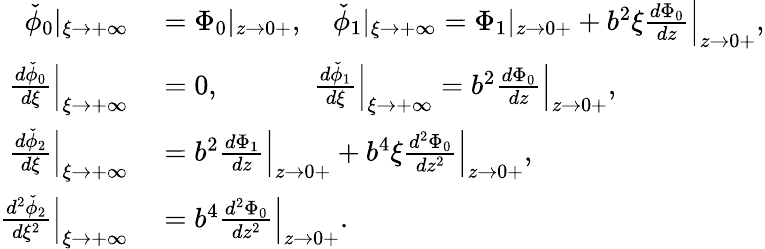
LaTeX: \begin{array}{rl}{\check{\phi}_{0}|_{\xi\to+\infty}}&{{}={\Phi}_{0}|_{z\to 0+},\quad\check{\phi}_{1}|_{\xi\to+\infty}={\Phi}_{1}|_{z\to 0+}+b^{2}\xi\frac{d{\Phi}_{0}}{dz}\Big|_{z\to 0+},}\\ {\frac{d\check{\phi}_{0}}{d\xi}\Big|_{\xi\to+\infty}}&{{}=0,\quad\quad\quad\; \frac{d\check{\phi}_{1}}{d\xi}\Big|_{\xi\to+\infty}=b^{2}\frac{d{\Phi}_{0}}{dz}\Big|_{z\to 0+},}\\ {\frac{d\check{\phi}_{2}}{d\xi}\Big|_{\xi\to+\infty}}&{{}=b^{2}\frac{d{\Phi}_{1}}{dz}\Big|_{z\to 0+}+b^{4}\xi\frac{d^{2}{\Phi}_{0}}{dz^{2}}\Big|_{z\to 0+},}\\ {\frac{d^{2}\check{\phi}_{2}}{d\xi^{2}}\Big|_{\xi\to+\infty}}&{{}=b^{4}\frac{d^{2}{\Phi}_{0}}{dz^{2}}\Big|_{z\to 0+}.}\end{array}